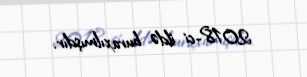
2018-ci ildə buraxılmışdır.